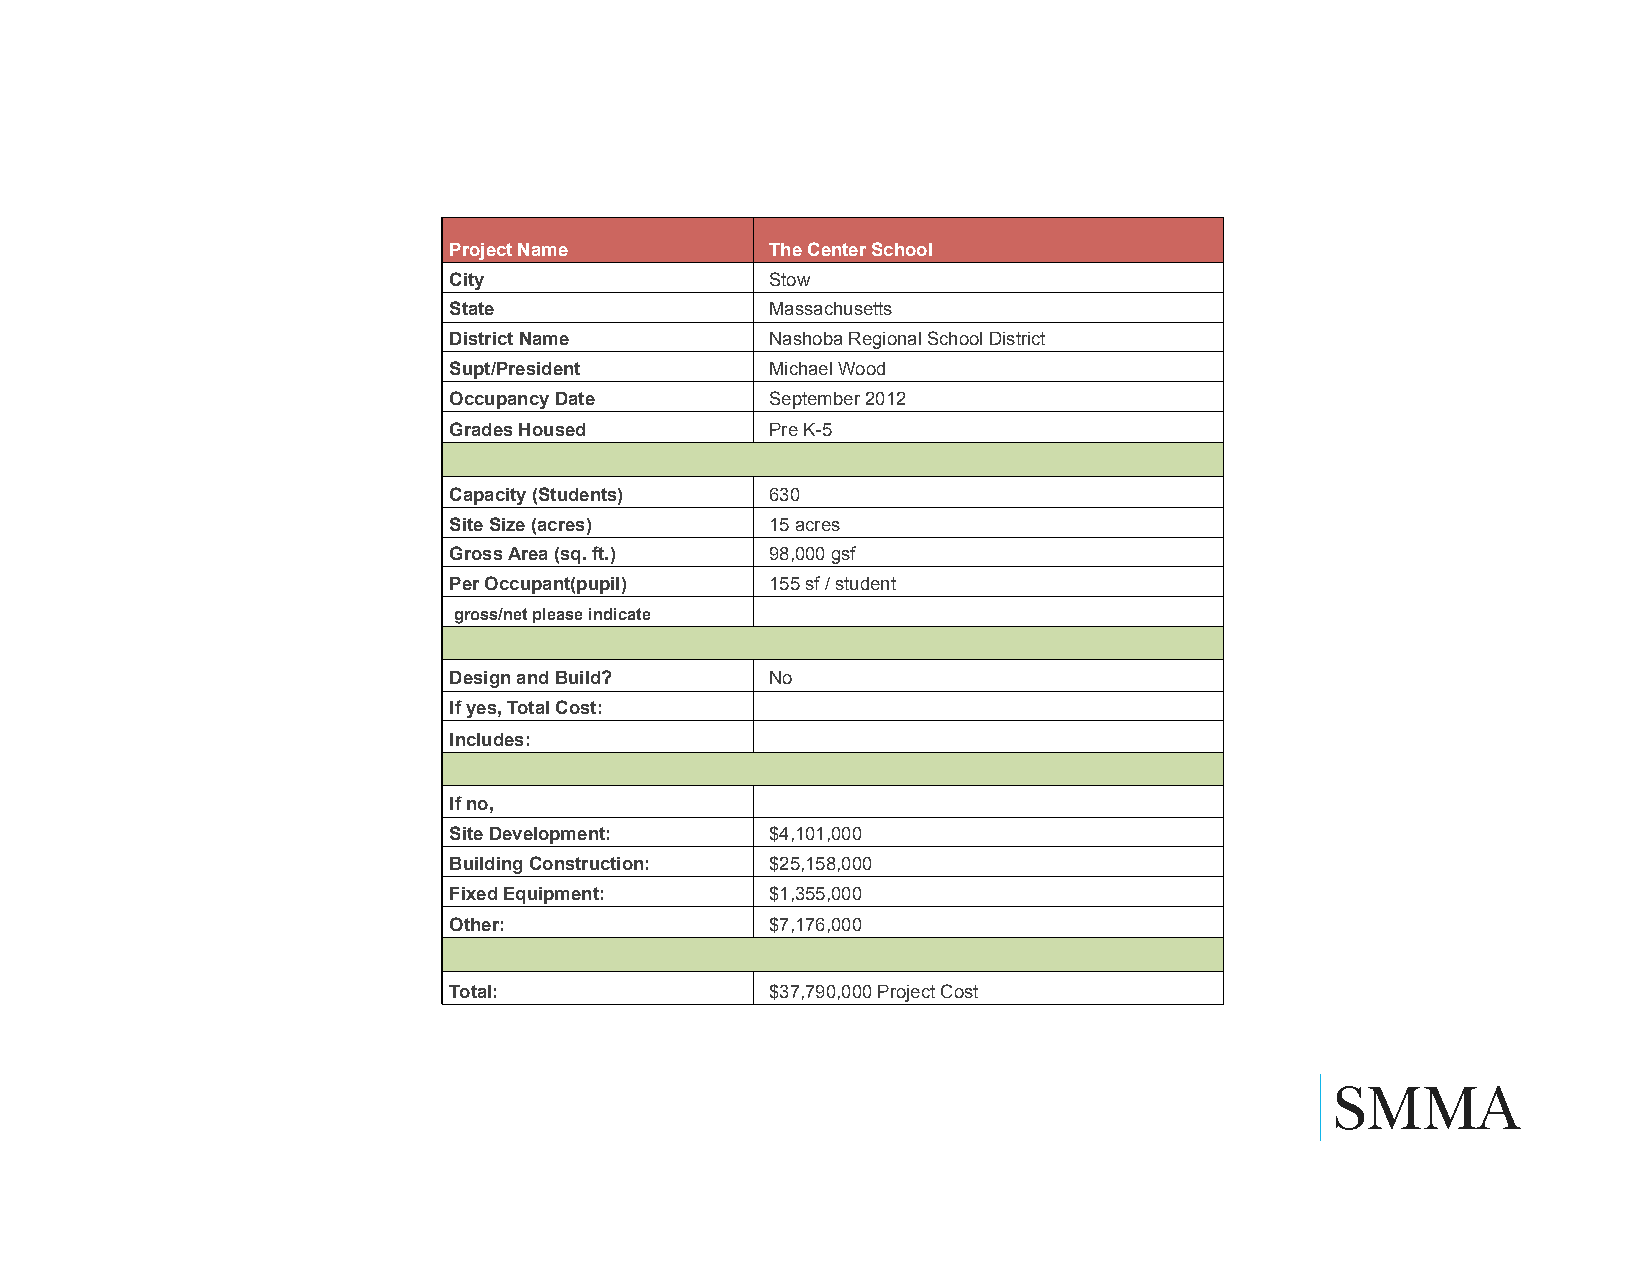
Project Name         The Center School
 City                 Stow
 State                Massachusetts
 District Name        Nashoba Regional School District
 Supt/President       Michael Wood
 Occupancy Date       September 2012
 Grades Housed        Pre K-5
 Capacity (Students)  630
 Site Size (acres)    15 acres
 Gross Area (sq. ft.) 98,000 gsf
 Per Occupant(pupil)  155 sf / student
 gross/net please indicate
 Design and Build?    No
 If yes, Total Cost:
 Includes:
 If no,
 Site Development:    $4,101,000
 Building Construction: $25,158,000
 Fixed Equipment:     $1,355,000
 Other:               $7,176,000
 Total:               $37,790,000 Project Cost